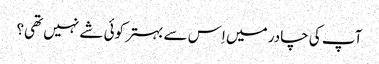
آپ کی چادر میں اِس سے بہتر کوئی شے نہیں تھی؟